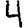
Digit: 4